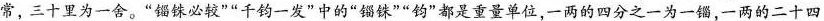
常，三十里为一舍。”锱铢必较””千钧一发”中的”锱铢””钧”都是重量单位，一两的四分之一为一锱，一两的二十四